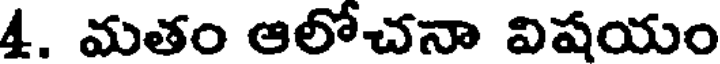
4. మతం ఆలోచనా విషయం